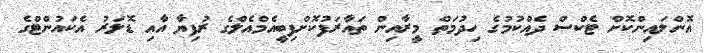
އޮންލައިންކޮށް ޓެކްސް ދެއްކުމުގެ ހިދުމަތް މީރާއިން ތައާރަފުކޮށްފިބީއެމްއެލްގެ ރުފިޔާ އާއި ޑޮލަރު އެކައުންޓްގެ